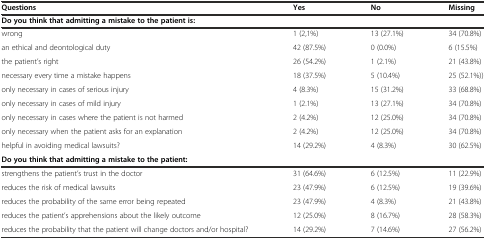
| Questions | Yes | No | Missing |
 | --- | --- | --- | --- |
 | Do you think that admitting a mistake to the patient is: |  |  |  |
 | wrong | 1 (2,1%) | 13 (27.1%) | 34 (70.8%) |
 | an ethical and deontological duty | 42 (87.5%) | 0 (0.0%) | 6 (15.5%) |
 | the patient’s right | 26 (54.2%) | 1 (2.1%) | 21 (43.8%) |
 | necessary every time a mistake happens | 18 (37.5%) | 5 (10.4%) | 25 (52.1%)) |
 | only necessary in cases of serious injury | 4 (8.3%) | 15 (31.2%) | 33 (68.8%) |
 | only necessary in cases of mild injury | 1 (2.1%) | 13 (27.1%) | 34 (70.8%) |
 | only necessary in cases where the patient is not harmed | 2 (4.2%) | 12 (25.0%) | 34 (70.8%) |
 | only necessary when the patient asks for an explanation | 2 (4.2%) | 12 (25.0%) | 34 (70.8%) |
 | helpful in avoiding medical lawsuits? | 14 (29.2%) | 4 (8.3%) | 30 (62.5%) |
 | Do you think that admitting a mistake to the patient: |  |  |  |
 | strengthens the patient’s trust in the doctor | 31 (64.6%) | 6 (12.5%) | 11 (22.9%) |
 | reduces the risk of medical lawsuits | 23 (47.9%) | 6 (12.5%) | 19 (39.6%) |
 | reduces the probability of the same error being repeated | 23 (47.9%) | 4 (8.3%) | 21 (43.8%) |
 | reduces the patient’s apprehensions about the likely outcome | 12 (25.0%) | 8 (16.7%) | 28 (58.3%) |
 | reduces the probability that the patient will change doctors and/or hospital? | 14 (29.2%) | 7 (14.6%) | 27 (56.2%) |